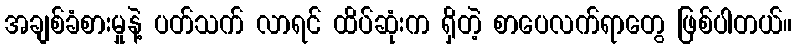
အချစ်ခံစားမှုနဲ့ ပတ်သက် လာရင် ထိပ်ဆုံးက ရှိတဲ့ စာပေလက်ရာတွေ ဖြစ်ပါတယ်။